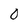
Character: 0